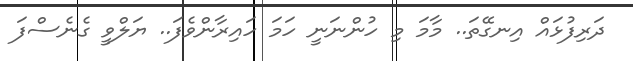
ދަރިފުޅައް އިނގޭތަ.. މާމަ މި ހުންނަނީ ހަމަ ހައިރާންވެފަ.. ޔަލްވީ ގެނެސްފަ